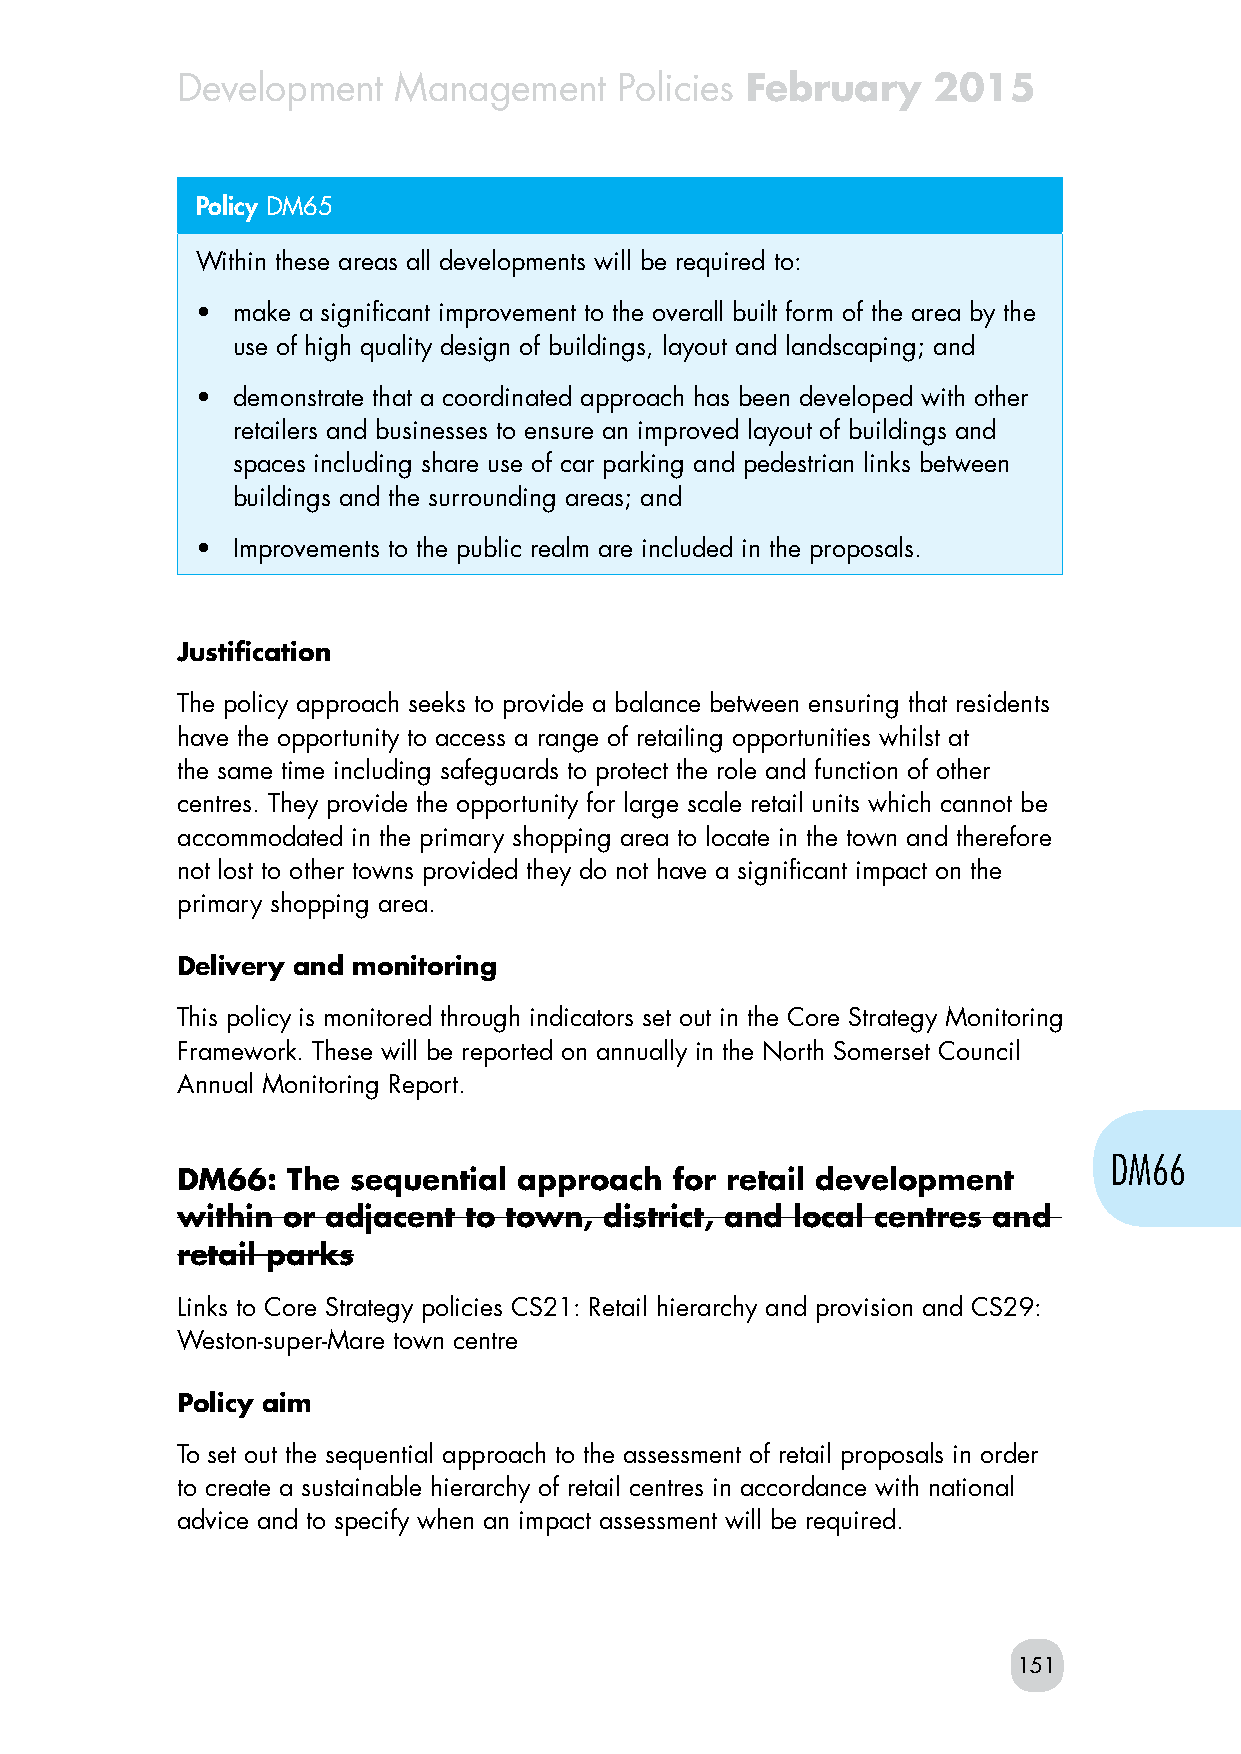
Development   Management     Policies February    2015
 Policy DM65
 Within these areas all developments will be required to:
 • make a significant improvement to the overall built form of the area by the
 use of high quality design of buildings, layout and landscaping; and
 • demonstrate that a coordinated approach has been developed with other
 retailers and businesses to ensure an improved layout of buildings and
 spaces including share use of car parking and pedestrian links between
 buildings and the surrounding areas; and
 • Improvements to the public realm are included in the proposals.
 Justification
 The policy approach seeks to provide a balance between ensuring that residents
 have the opportunity to access a range of retailing opportunities whilst at
 the same time including safeguards to protect the role and function of other
 centres. They provide the opportunity for large scale retail units which cannot be
 accommodated in the primary shopping area to locate in the town and therefore
 not lost to other towns provided they do not have a significant impact on the
 primary shopping area.
 Delivery and monitoring
 This policy is monitored through indicators set out in the Core Strategy Monitoring
 Framework. These will be reported on annually in the North Somerset Council
 Annual Monitoring Report.
 DM66
 DM66:  The sequential approach   for retail development
 within or adjacent to town, district, and local centres and
 retail parks
 Links to Core Strategy policies CS21: Retail hierarchy and provision and CS29:
 Weston-super-Mare town centre
 Policy aim
 To set out the sequential approach to the assessment of retail proposals in order
 to create a sustainable hierarchy of retail centres in accordance with national
 advice and to specify when an impact assessment will be required.
 151